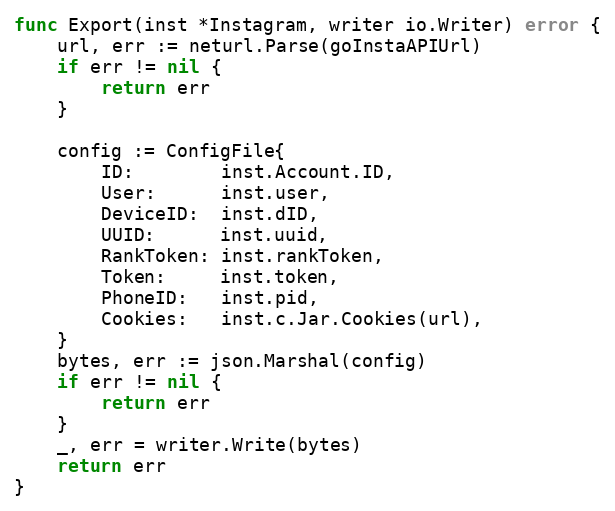
Language: Go
func Export(inst *Instagram, writer io.Writer) error {
	url, err := neturl.Parse(goInstaAPIUrl)
	if err != nil {
		return err
	}

	config := ConfigFile{
		ID:        inst.Account.ID,
		User:      inst.user,
		DeviceID:  inst.dID,
		UUID:      inst.uuid,
		RankToken: inst.rankToken,
		Token:     inst.token,
		PhoneID:   inst.pid,
		Cookies:   inst.c.Jar.Cookies(url),
	}
	bytes, err := json.Marshal(config)
	if err != nil {
		return err
	}
	_, err = writer.Write(bytes)
	return err
}